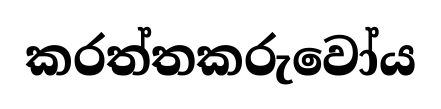
කරත්තකරුවෝය